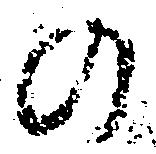
の